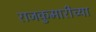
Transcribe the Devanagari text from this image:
राजकुमारीच्या